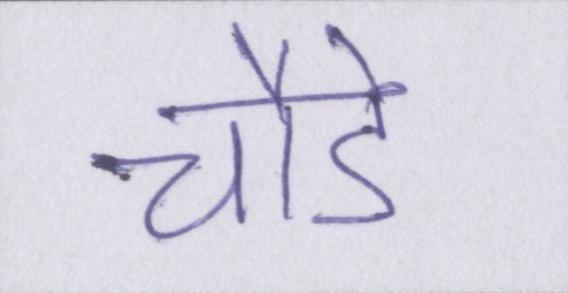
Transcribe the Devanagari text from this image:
चौड़े